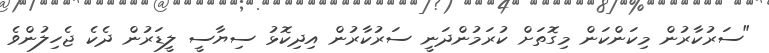
"ސަރުކާރުން މިކަންކަން މިގޮތަށް ކުރަމުންދަނީ ސަރުކާރުން އިދިކޮޅު ސިޔާސީ ލީޑަރުން ދެކެ ޖެހިލުންވެ